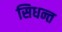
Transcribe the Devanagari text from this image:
सिधन्त